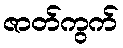
ဇာတ်ကွက်